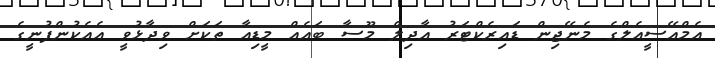
އެމްއޭސީއެލްގެ މެނޭޖިން ޑައިރެކްޓަރު އާދިލް މޫސާ ބައެއް މީޑިއާ ތަކަށް ވިދާޅުވީ އެއެކުންފުނީގެ